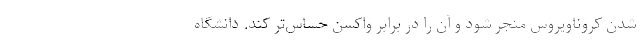
شدن کروناویروس منجر شود و آن را در برابر واکسن حساس‌تر کند. دانشگاه